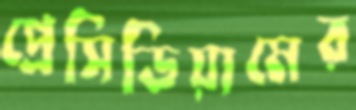
প্রেসিডিয়ামের